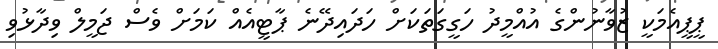
ޕީޕީއެމަކީ ޒުވާނުންގެ އުއްމީދު ހަގީގަތަކަށް ހަދައިދޭނެ ޕާޓީއެއް ކަމަށް ވެސް ޖަމީލް ވިދާޅުވި